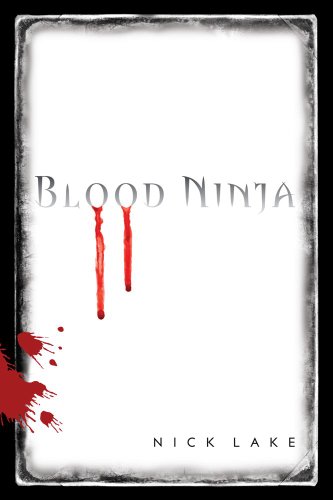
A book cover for Blood Ninja; Nick Lake; Teen & Young Adult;